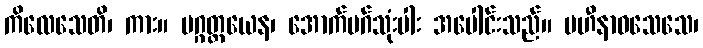
ကိလေသေတိ၊ ကား။ မဂ္ဂတ္တယေန၊ အောက်မဂ်သုံးပါး အပေါင်းသည်။ ပဟီနာဝသေသေ၊